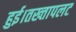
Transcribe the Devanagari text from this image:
हुई।तख्तापलट